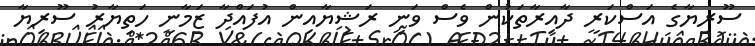
ސޫރިޔާގެ އަސްކަރީ ދާއިރާތަކުން ވެސް ވަނީ ރަޝިޔާއިން އުފައްދާ ޒަމާނީ ހަތިޔާރު ސޫރިޔާ